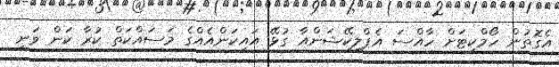
އެގޮތުން ހޯމްކިޓަށް ހާއްސަ އެޕްލިކޭޝަންއާ ގުޅޭ އައިކަންއެއްގެ މަސައްކަތް ކުރާ ކަން ވަނީ